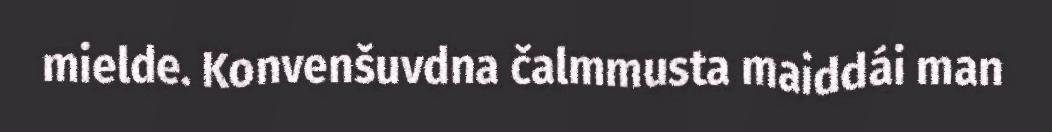
mielde. Konvenšuvdna čalmmusta maiddái man